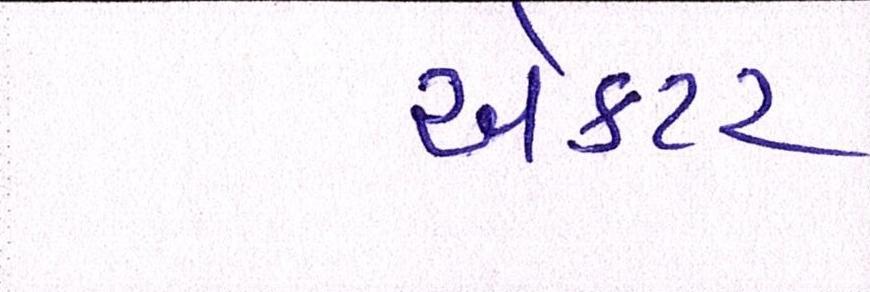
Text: ઍક્ટર